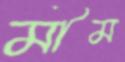
মীম